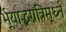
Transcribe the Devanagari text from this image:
र्भूयाद्भग्नत्रिमूर्ध्न